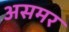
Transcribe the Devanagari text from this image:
असमर